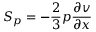
S _ { p } = - \frac { 2 } { 3 } p \frac { \partial v } { \partial x }